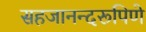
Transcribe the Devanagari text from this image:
सहजानन्दरूपिणे